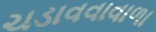
ચડાવવાવાળા